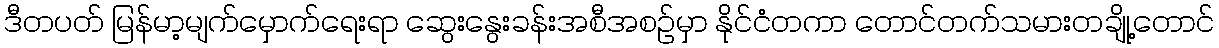
ဒီတပတ် မြန်မာ့မျက်မှောက်ရေးရာ ဆွေးနွေးခန်းအစီအစဉ်မှာ နိုင်ငံတကာ တောင်တက်သမားတချို့တောင်